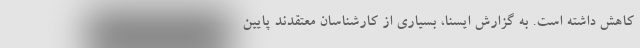
کاهش داشته است. به گزارش ایسنا، بسیاری از کارشناسان معتقدند پایین